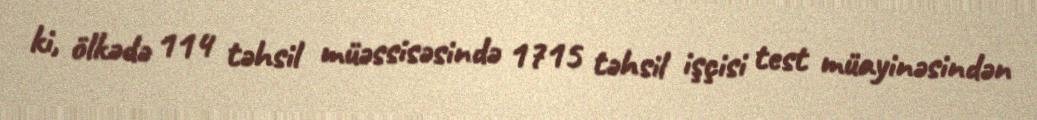
ki, ölkədə 114 təhsil müəssisəsində 1715 təhsil işçisi test müayinəsindən